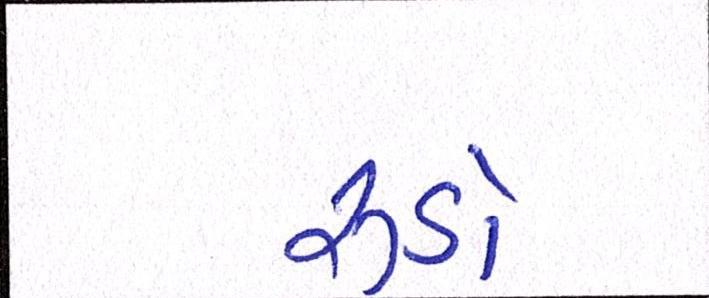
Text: રૂડો